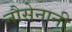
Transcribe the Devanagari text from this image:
नौसेनानी